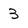
Character: 3